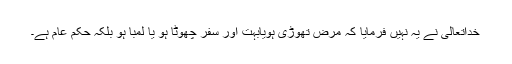
خداتعالیٰ نے یہ نہیں فرمایا کہ مرض تھوڑی ہویابہت اور سفر چھوٹا ہو یا لمبا ہو بلکہ حکم عام ہے۔